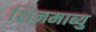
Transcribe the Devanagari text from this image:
शिनमाब्यु